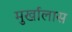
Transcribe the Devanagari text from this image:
मुर्खालास